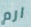
ارم